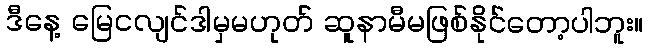
ဒီနေ့ မြေငလျင်ဒါမှမဟုတ် ဆူနာမီမဖြစ်နိုင်တော့ပါဘူး။